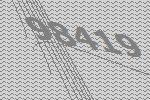
98419